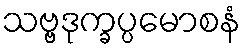
သဗ္ဗဒုက္ခပ္ပမောစနံ